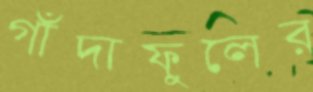
গাঁদাফুলের